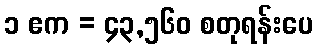
၁ ဧက = ၄၃,၅၆၀ စတုရန်းပေ